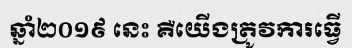
ឆ្នាំ២០១៩ នេះ គឺយើងត្រូវការធ្វើ